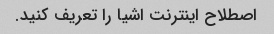
اصطلاح اینترنت اشیا را تعریف کنید.